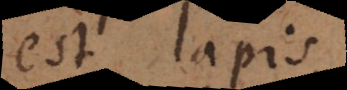
est lapis,